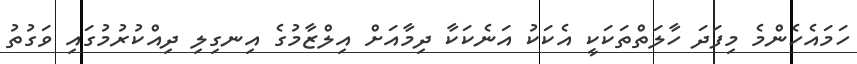
ހަމައެހެންމެ މިފަދަ ހާލަތްތަކަކީ އެކަކު އަނެކަކާ ދިމާއަށް އިލްޒާމުގެ އިނގިލި ދިއްކުރުމުގައި ވަގުތު